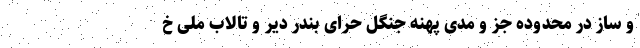
و ساز در محدوده جز و مدی پهنه جنگل‌ حرّای بندر دیّر و تالاب ملی خ